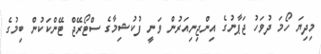
މިދިޔަ ހޯމަ ދުވަހު ޖަޕާނުގެ އިންޖިނިއަރުން ވަނީ ފުކުޝިމާގެ ސްޓޯރޭޖް ޓޭންކަކުން ބިމުގެ